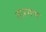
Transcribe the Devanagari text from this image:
तारगण